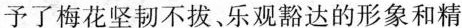
予了梅花坚韧不拔、乐观豁达的形象和精